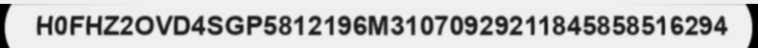
H0FHZ2OVD4SGP5812196M31070929211845858516294